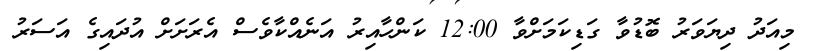
މިއަދު ދިޔަވަރު ބޮޑުވާ ގަޑިކަމަށްވާ 12:00 ކަންހާއިރު އަނެއްކާވެސް އެރަށަށް އުދައިގެ އަސަރު